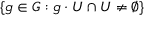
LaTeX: \{ g \in G : g \cdot U \cap U \neq \emptyset \}